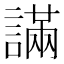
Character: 𧫩